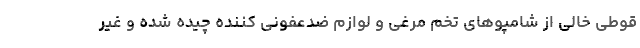
قوطی خالی از شامپوهای تخم مرغی و لوازم ضدعفونی کننده چیده شده و غیر